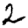
Digit: 2